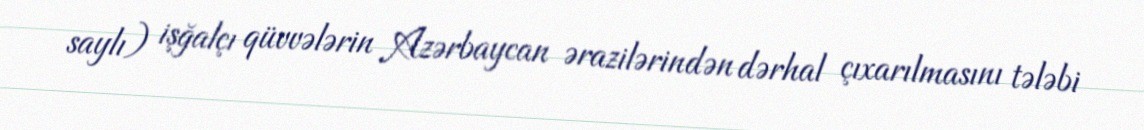
saylı) işğalçı qüvvələrin Azərbaycan ərazilərindən dərhal çıxarılmasını tələbi